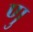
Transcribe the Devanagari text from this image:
णु